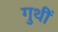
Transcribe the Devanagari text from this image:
गुथीं